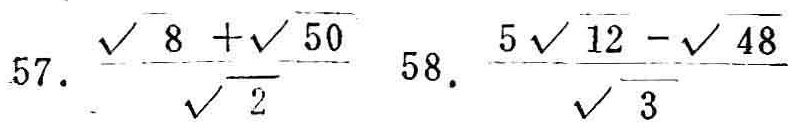
\[
57.\ \frac{\sqrt{8}+\sqrt{50}}{\sqrt{2}} \quad 58.\ \frac{5\sqrt{12}-\sqrt{48}}{\sqrt{3}}
\]